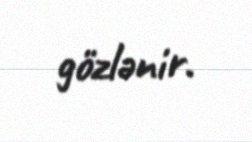
gözlənir.